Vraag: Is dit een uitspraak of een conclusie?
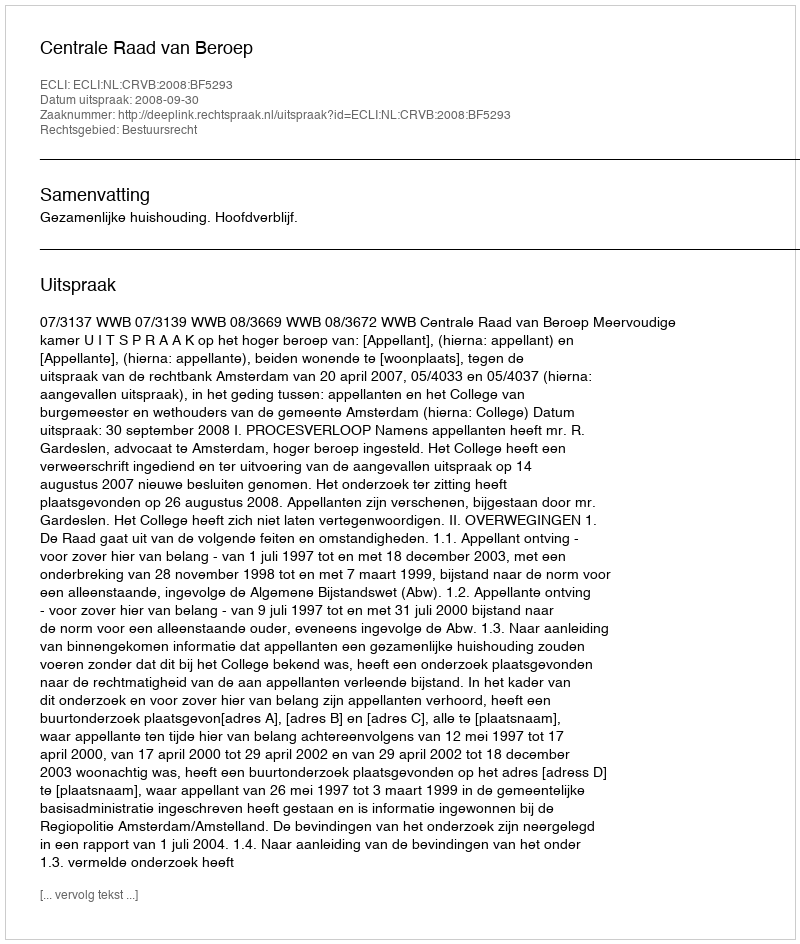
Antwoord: Uitspraak